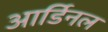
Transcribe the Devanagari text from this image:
आर्डिनल